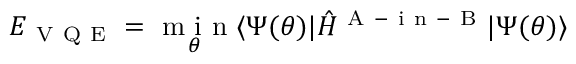
E _ { \mathrm { ~ V ~ Q ~ E ~ } } = \underset { \theta } { \mathrm { ~ m ~ i ~ n ~ } } \langle \Psi ( \theta ) | \hat { H } ^ { \mathrm { ~ A ~ - ~ i ~ n ~ - ~ B ~ } } | \Psi ( \theta ) \rangle